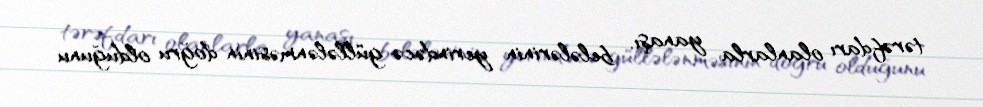
tərəfdarı olanlarla yanaşı, belələrinin yerindəcə güllələnməsinin doğru olduğunu